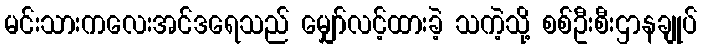
မင်းသားကလေးအင်ဒရေသည် မျှော်လင့်ထားခဲ့ သကဲ့သို့ စစ်ဦးစီးဌာနချုပ်